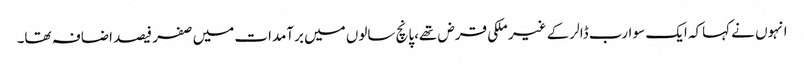
انہوں نے کہاکہ ایک سو ارب ڈالر کے غیر ملکی قرض تھے،پانچ سالوں میں برآمدات میں صفر فیصد اضافہ تھا۔